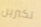
تكبرين